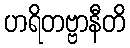
ဟရိတဗ္ဗာနီတိ